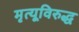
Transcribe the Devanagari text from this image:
मृत्यूविरुद्ध